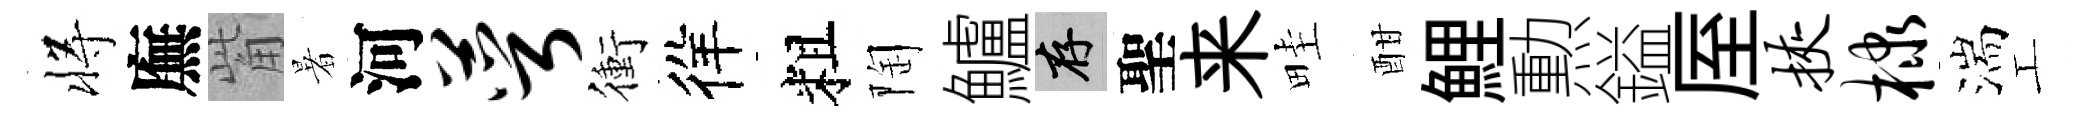
将廡觜暑河萼衝徉粗陶鱸存聖来畦酣鯉勲鎰厔挟棣湍工